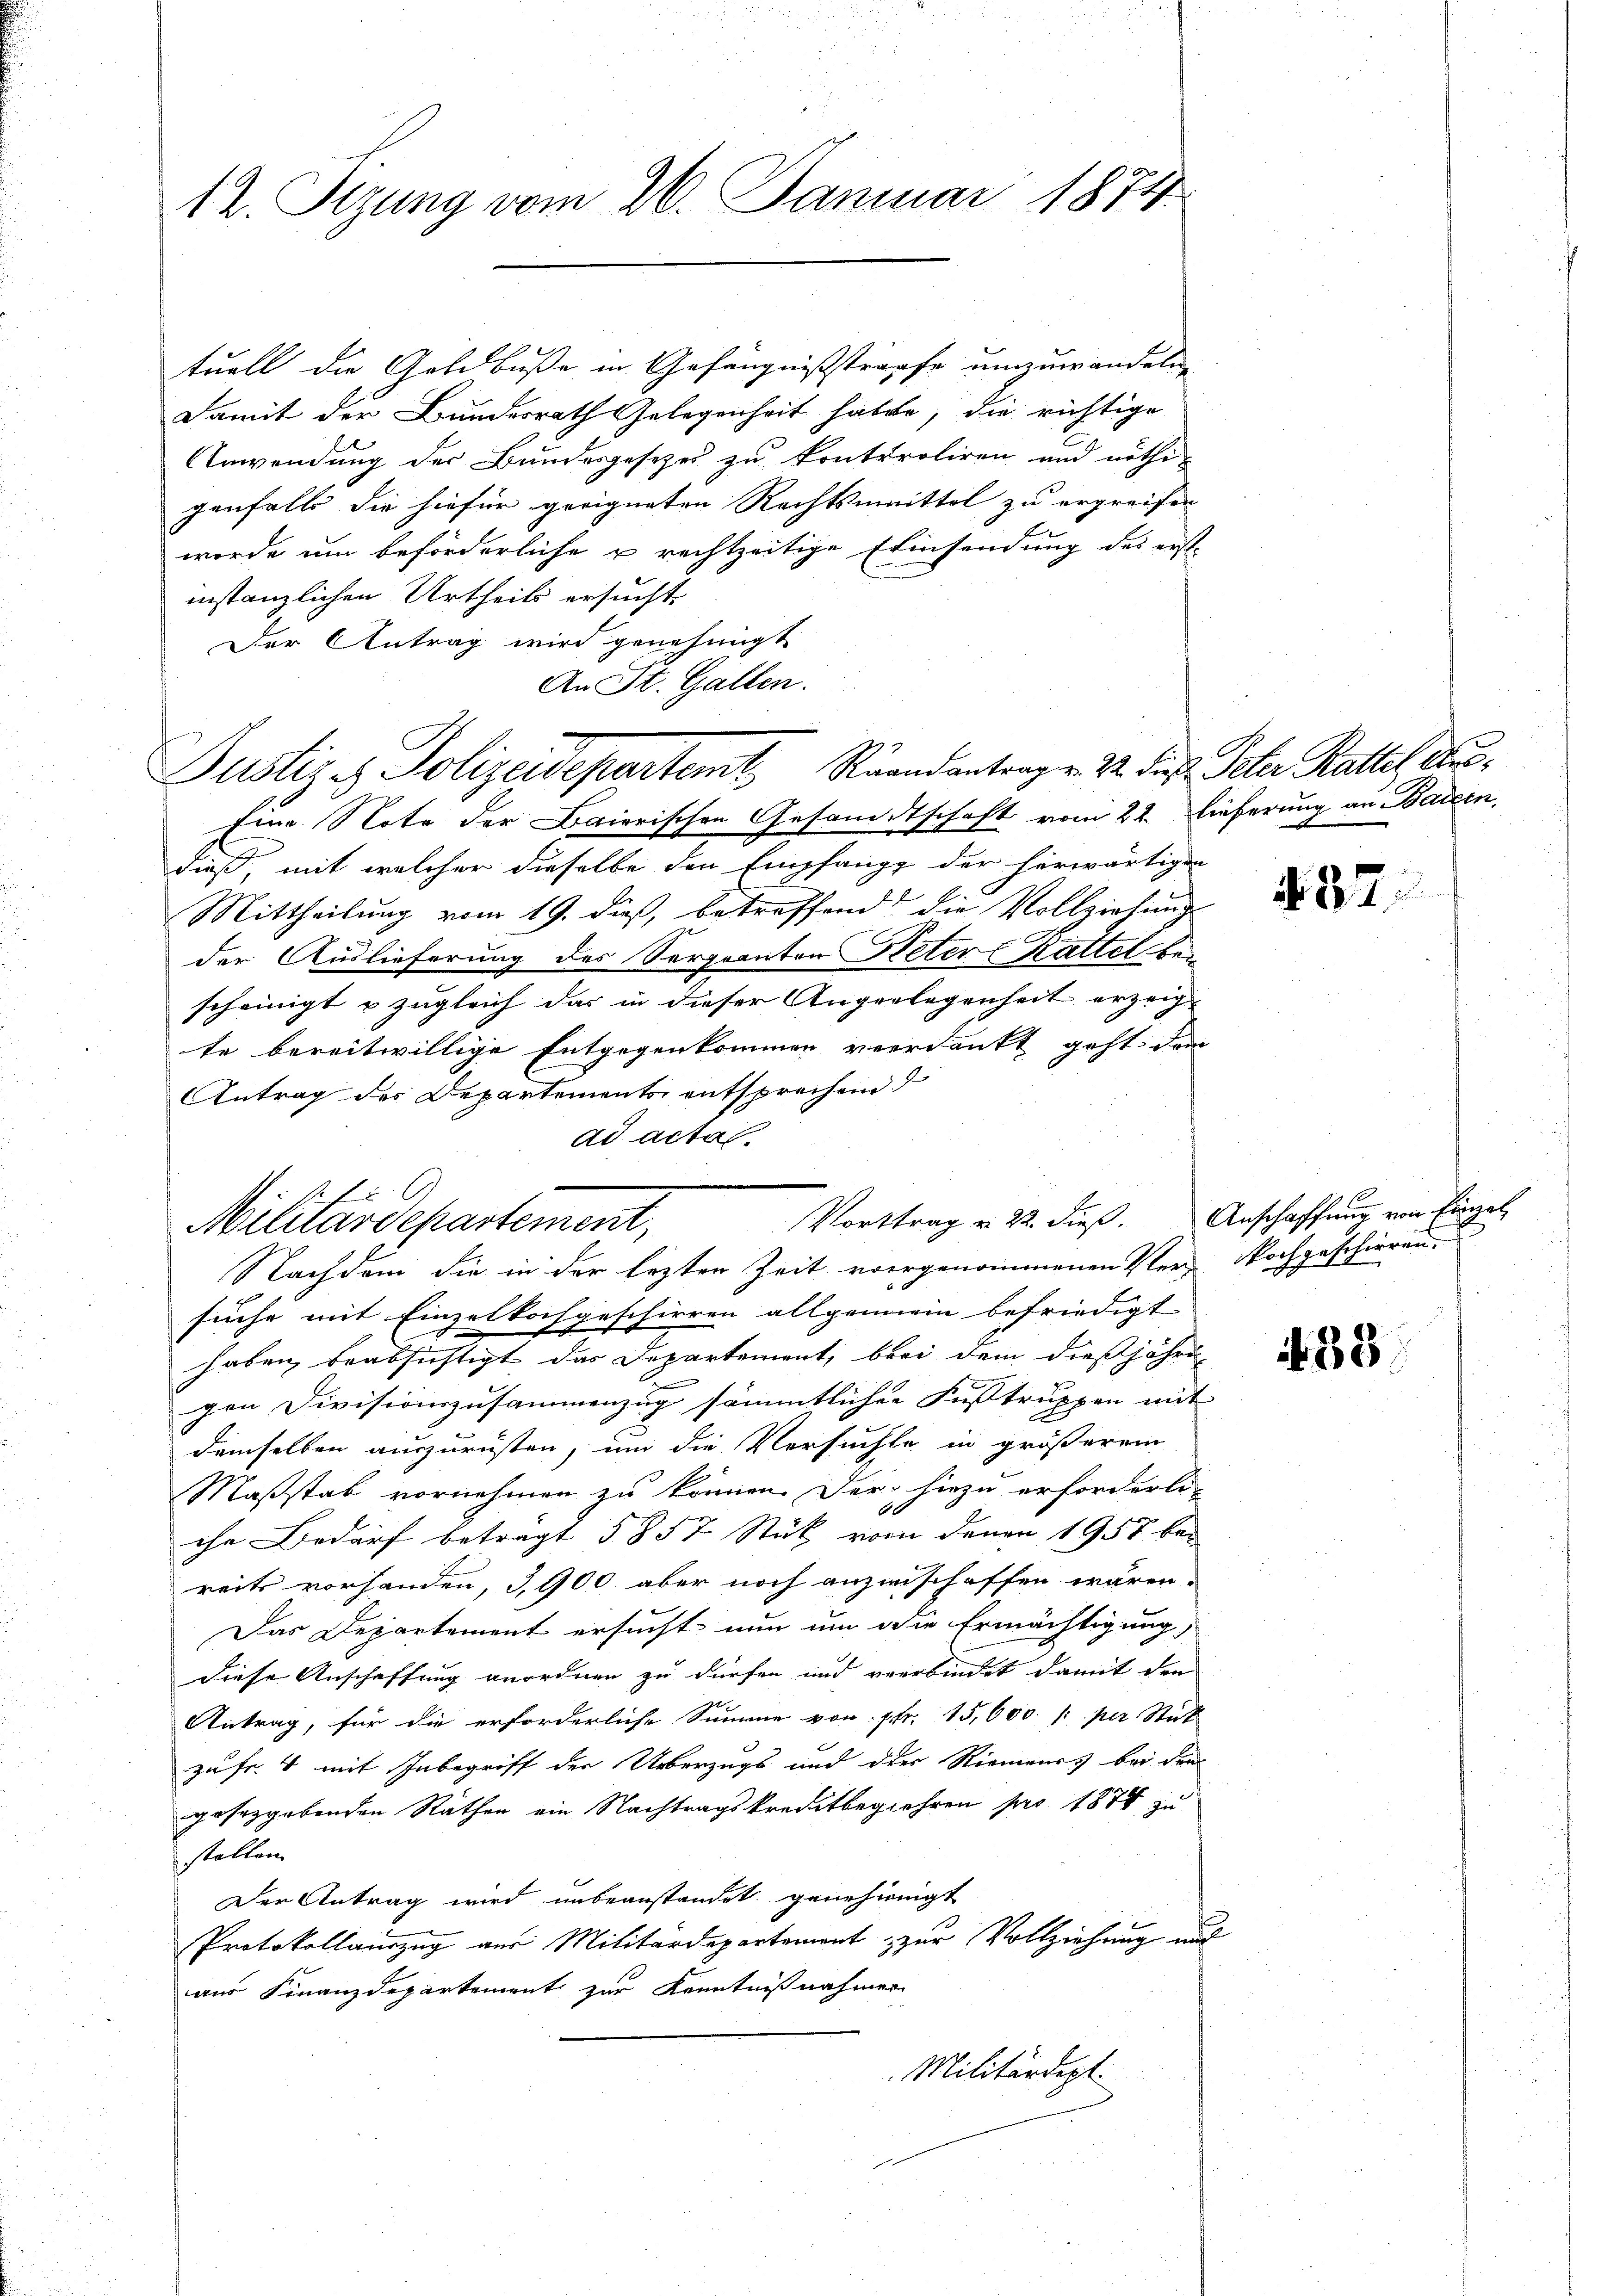
12. Sizung vom 26. Januar 1874.

tuell die Goldbuße in Gefängnißstrafe umzuwandeln
Damit der Bundesrath Gelegenheit haben, die richtige
Anwendung der Bundesgesezes zu kontroliren und nöthigenfalls die hiefür geeigneten Rechtsmittel zu ergreifen
worde um beförderliche u rechtzeitige Einsendung des erst
instanzlichen Urtheils ersucht,
Der Antrag wird genehmigt
An St. Gallen.

Justiz - Polizeidepartemt, Randantrag. 22. die Peter Rattel dis¬

Eine Note der Baierischen Gesandtschaft vom 22. Lieferung an Baiern,
dieß, mit welcher dieselbe den Empfang der herwärtigen
Mittheilung vom 19. dieß, betreffend die Vollziehung
der Auslieferung des Sorgeanton Neter Kattel bei
scheinigt u zugleich das in dieser Angerlegenheit erzeig
te bereitwillige Entgegenkommen verdankt geht, dem
Antrag des Departements entsprechend
ad actal.
suche mit Einzelkochgeschirren allgemein befriedigt
haben beabsichtigt das Departement, bei dem dießjähren
e
gen Divisionszusammenzug sämmtlichen Fußstruppen mit
demselben auszurüsten, um die Versuchte in größerem
Maßstab vornehmen zu können. Der hiezu erforderli-
.
che Bedarf betragt § 857 Stück vor denen 1957 bei
reits vorhanden, 3,900 aber noch anzuschaffen wären.
Das Departement ersucht nun um die Ermächtigung,
diese Anschaffung anordnen zu dürfen und verbindet damit den
Antrag, für die erforderliche Summe von Fr. 15,000. /: per Stick
zu fr. 4 mit Inbegriff der Ueberzugs und der Riemens bei den
gesetzgebenden Räthen ein Nachtragskreditbegehren pro 1874 zu
stellen.
Der Antrag wird unbeanstandet, genehmigt
Protokollauszug aus Militärdepartement zur Vollziehung auc
aus Finanzdepartement zur Kenntnißnahmen
Militärdept

Vorttrag u. 22. dieß. Anschaffung von Einzel-
Militärdepartement,
Nachdem die in der lezten Zeit vorgenommenen Ver- Nochgeschirren-

2

437.

38